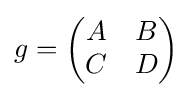
\displaystyle {g={\begin{pmatrix}A&B\\C&D\end{pmatrix}}}